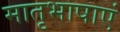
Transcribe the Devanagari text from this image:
मातृभाषाएं